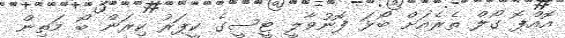
އޮއްޕޮ ގޯލް ތެރެއަށް ބޯޅަ ފޮނުވާލީ ޓީސީގެ ކީޕަރު ކިރަން ބޯ މަތިން